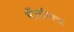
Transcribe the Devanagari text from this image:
मॉलवित्ज़